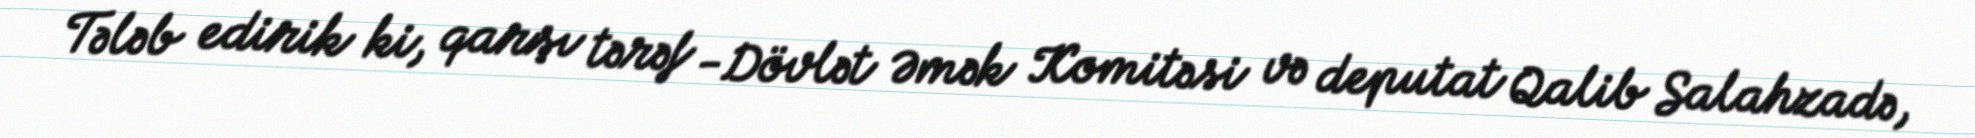
Tələb edirik ki, qarşı tərəf -Dövlət Əmək Komitəsi və deputat Qalib Salahzadə,